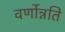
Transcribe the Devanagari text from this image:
वर्णोन्नति